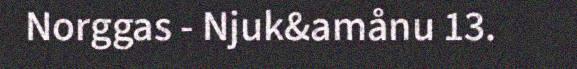
Norggas - Njuk&amånu 13.